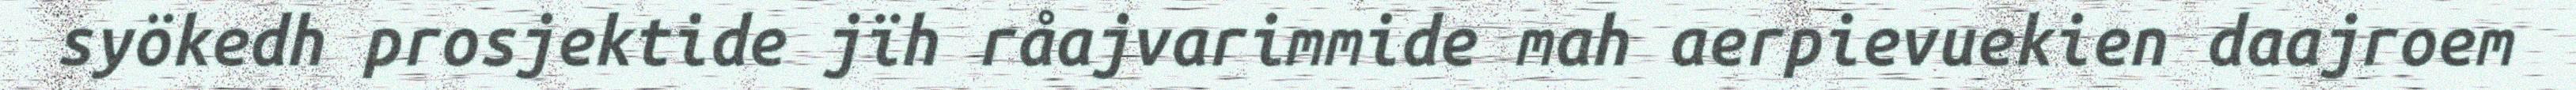
syökedh prosjektide jïh råajvarimmide mah aerpievuekien daajroem